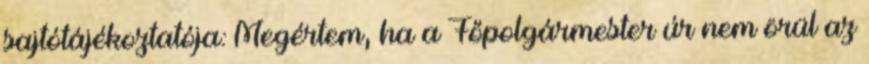
sajtótájékoztatója: Megértem, ha a Főpolgármester úr nem örül az